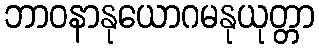
ဘာဝနာနုယောဂမနုယုတ္တာ